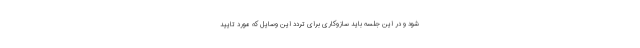
شود و در این جلسه باید سازوکاری برای تردد این وسایل که مورد تایید